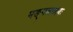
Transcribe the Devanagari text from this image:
मङ्गलछायः